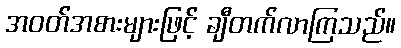
အဝတ်အစားများဖြင့် ချီတက်လာကြသည်။